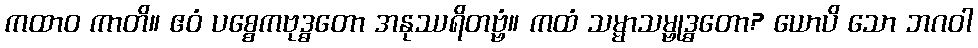
ကထာဝ ကာတိ။ ဧဝံ ပစ္စေကဗုဒ္ဓတော အနုဿရိတဗ္ဗံ။ ကထံ သမ္မာသမ္ဗုဒ္ဓတော? ယောပိ သော ဘဂဝါ